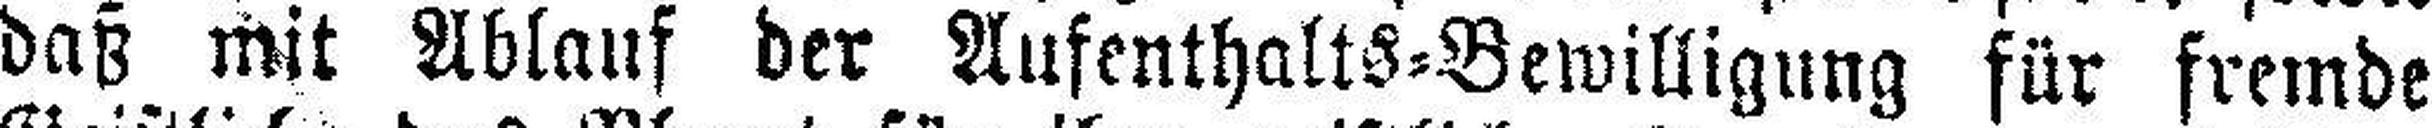
daß mit  Ablauf der Aufenthalts=Bewilligung für fremde